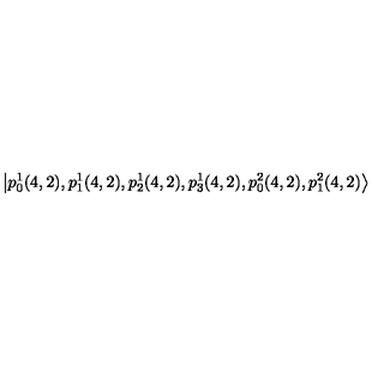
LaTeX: \left| p _ { 0 } ^ { 1 } ( 4 , 2 ) , p _ { 1 } ^ { 1 } ( 4 , 2 ) , p _ { 2 } ^ { 1 } ( 4 , 2 ) , p _ { 3 } ^ { 1 } ( 4 , 2 ) , p _ { 0 } ^ { 2 } ( 4 , 2 ) , p _ { 1 } ^ { 2 } ( 4 , 2 ) \right\rangle \quad